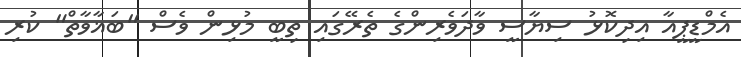
އެމްޑީޕީއާ އިދިކޮޅު ސިޔާސީ ވާދަވެރިންގެ ތެރޭގައި ތިބީ މުުޅިން ވެސް "ބަޣާވާތް" ކުރި